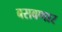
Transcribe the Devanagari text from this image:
बसवणार